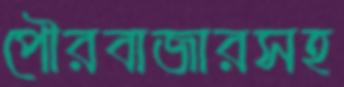
পৌরবাজারসহ